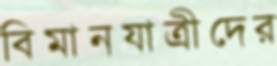
বিমানযাত্রীদের